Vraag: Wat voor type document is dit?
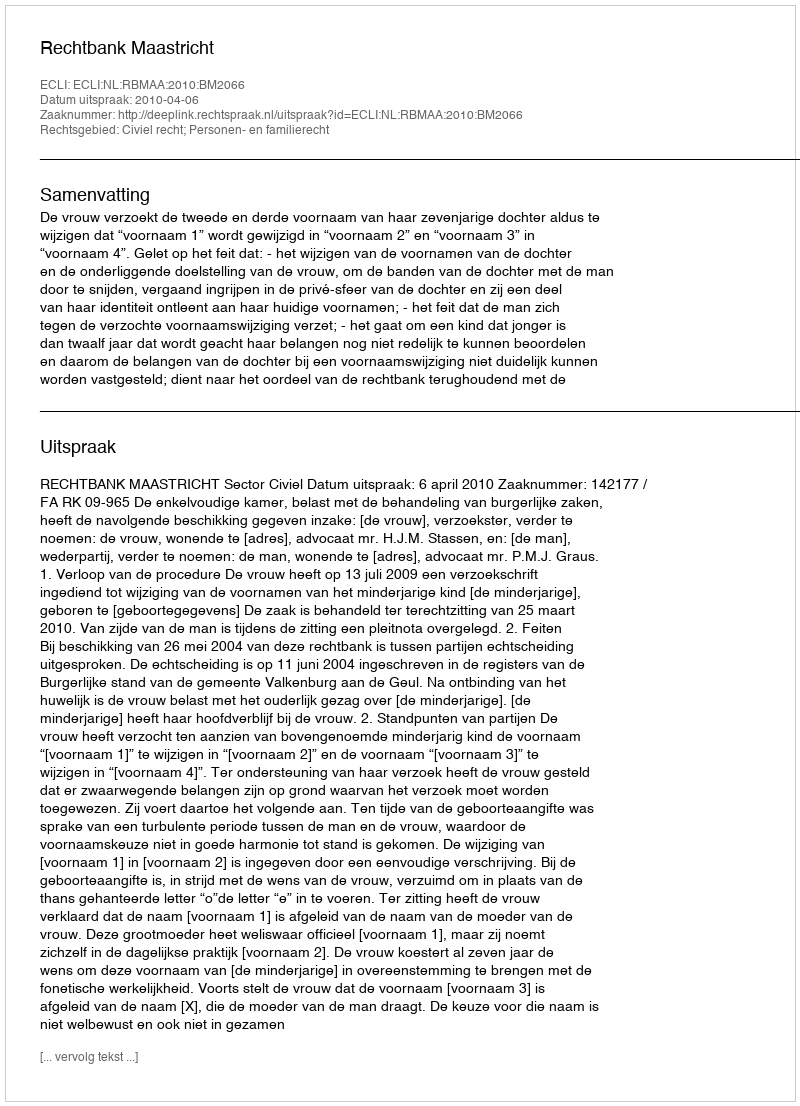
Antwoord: Uitspraak